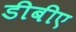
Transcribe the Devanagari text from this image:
डीबीए